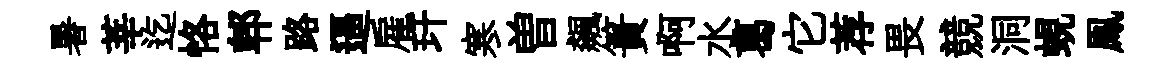
暑莘迄恪郫路逼雇玕寒曽飆簣啊水葛它荐畏競洞蜆鳯